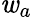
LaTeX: \mathit{w}_{a}